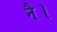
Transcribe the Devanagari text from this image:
नै।